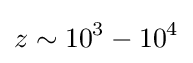
z\sim 10^{3}-10^{4}